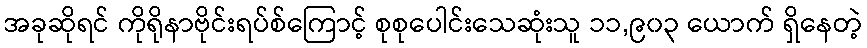
အခုဆိုရင် ကိုရိုနာဗိုင်းရပ်စ်ကြောင့် စုစုပေါင်းသေဆုံးသူ ၁၁,၉၀၃ ယောက် ရှိနေတဲ့